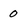
Character: 0